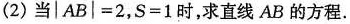
(2)当$$| A B | = 2$$，$$S = 1$$时，求直线AB的方程.